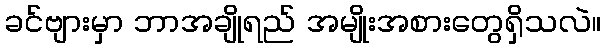
ခင်ဗျားမှာ ဘာအချိုရည် အမျိုးအစားတွေရှိသလဲ။